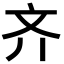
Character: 齐